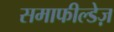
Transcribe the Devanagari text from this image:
समाफील्डेज़